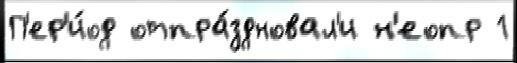
П'ер'и́од отпра́здновал'и н'еопр 1